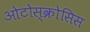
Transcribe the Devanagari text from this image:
ओटोस्क्रोसिस